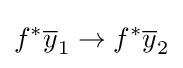
f^{*}{\overline {y}}_{1}\to f^{*}{\overline {y}}_{2}